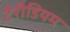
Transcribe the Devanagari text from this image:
टेरीडियम